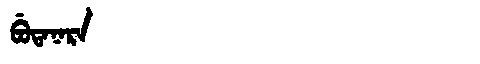
Manchu: ᠪᡠᡨᠠᠨᠠᡵᠠ
Romanization: BUTANARA